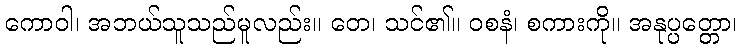
ကောဝါ၊ အဘယ်သူသည်မူလည်း။ တေ၊ သင်၏။ ဝစနံ၊ စကားကို။ အနုပ္ပတ္တော၊